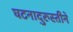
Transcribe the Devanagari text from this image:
घटनादुरुस्तीने